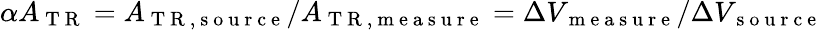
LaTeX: \alpha A_{\mathrm{~T~R~}}=A_{\mathrm{~T~R~,~s~o~u~r~c~e~}}/A_{\mathrm{~T~R~,~m~e~a~s~u~r~e~}}=\Delta V_{\mathrm{~m~e~a~s~u~r~e~}}/\Delta V_{\mathrm{~s~o~u~r~c~e~}}